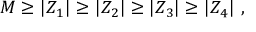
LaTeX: M \geq | Z _ { 1 } | \geq | Z _ { 2 } | \geq | Z _ { 3 } | \geq | Z _ { 4 } | ~ ,